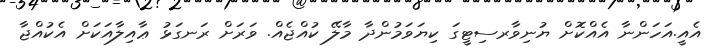
އެއީ.އަހަންނާ އެއްކޮށް ޔުނިވާރސިޓީގަ ކިޔަވަމުންދާ މާލޭ ކުއްޖެއް. ވަރަށް ރަނގަޅު ޢާއިލާއަކަށް އެކުއްޖާ